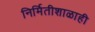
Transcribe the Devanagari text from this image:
निर्मितीशाळाही